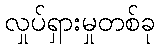
လှုပ်ရှားမှုတစ်ခု